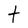
Character: t